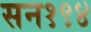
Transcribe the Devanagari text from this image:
सन१९४